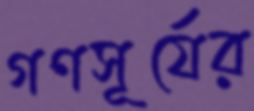
গণসূর্যের